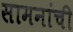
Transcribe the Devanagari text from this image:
सामनांची